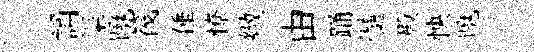
誦渠曉筏倕憭緻由踊髄殿怏曉